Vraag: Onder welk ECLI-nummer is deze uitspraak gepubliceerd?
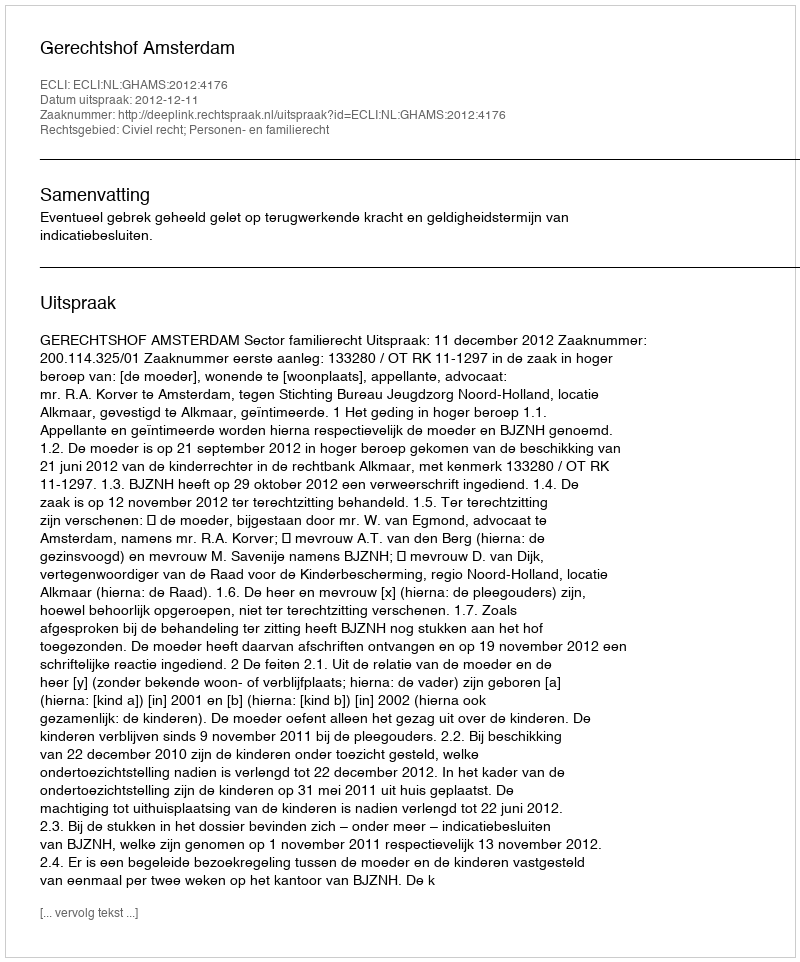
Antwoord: ECLI:NL:GHAMS:2012:4176